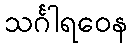
သင်္ဂါရဝေန